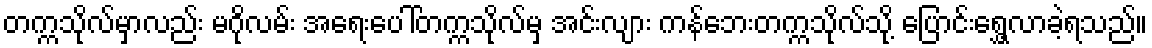
တက္ကသိုလ်မှာလည်း မဂိုလမ်း အရေးပေါ်တက္ကသိုလ်မှ အင်းလျား ကန်ဘေးတက္ကသိုလ်သို့ ပြောင်းရွှေ့လာခဲ့ရသည်။